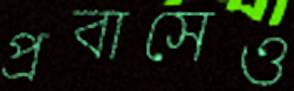
প্রবাসেও